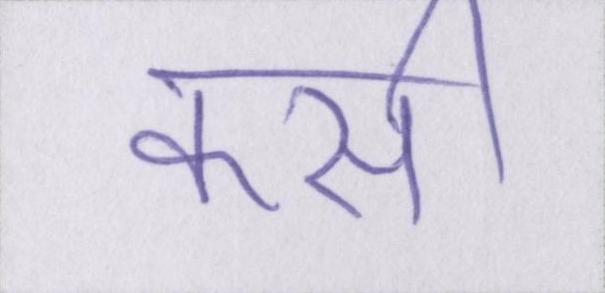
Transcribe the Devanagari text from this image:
कसी